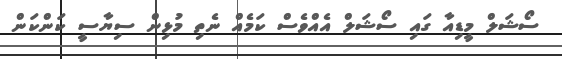
ސޯޝަލް މީޑިއާ ގައި ސޯޝަލް އެއްވެސް ކަމެއް ނެތި މުޅިން ސިޔާސީ ކަންކަން